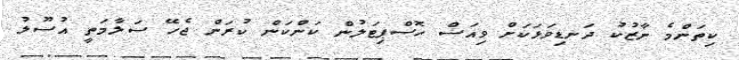
ކިތަންމެ ނާޒުކު ދަނޑިވަޅަކަށް ވިއަސް ހޮސްޕިޓަލުން ކަންކަން ކުރަން ޖެހޭ ސަލާމަތީ އުސޫލު